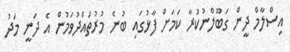
އިސްލާމް ދީން ގަބޫލްނުކުރާ ކަމަށް ފާޅުގައި ބުނެ މުރުތައްދުވަމުން އެ ދަނީ މަދު